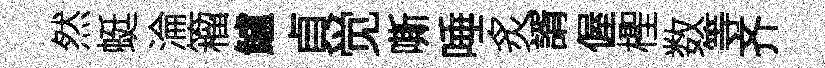
然蜓淪籕鱸貞觉嘶唾炙諝偓檉数等齐